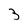
Character: 3